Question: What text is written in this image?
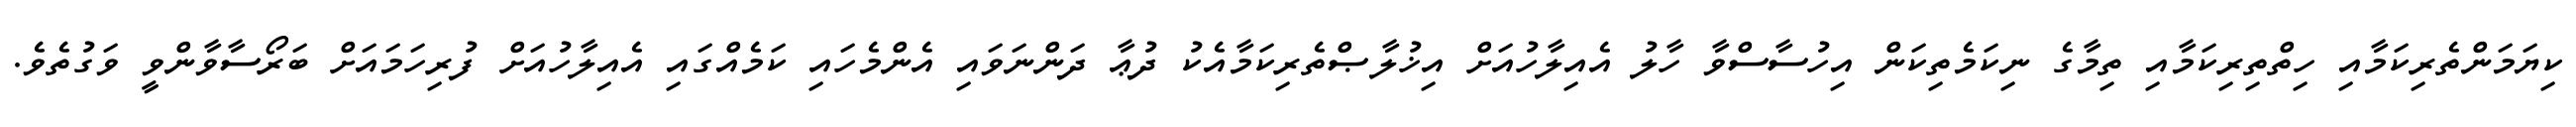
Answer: ކިޔަމަންތެރިކަމާއި ހިތްތިރިކަމާއި ތިމާގެ ނިކަމެތިކަން އިހުސާސްވާ ހާލު އެއިލާހުއަށް އިޚުލާޞްތެރިކަމާއެކު ދުޢާ ދަންނަވައި އެންމެހައި ކަމެއްގައި އެއިލާހުއަށް ފުރިހަމައަށް ބަރޯސާވާންވީ ވަގުތެވެ.